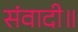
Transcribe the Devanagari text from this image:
संवादी॥